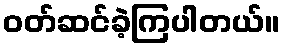
ဝတ်ဆင်ခဲ့ကြပါတယ်။